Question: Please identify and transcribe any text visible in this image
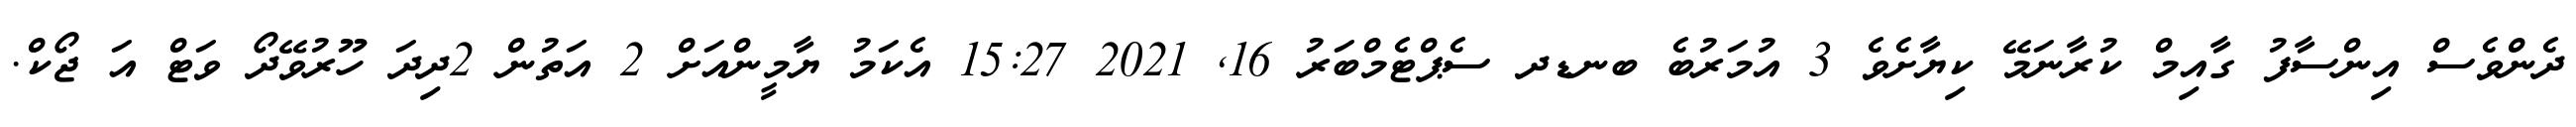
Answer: ދެންވެސް އިންސާފު ގާއިމް ކުރާނަމޭ ކިޔާށެވެ 3 އުމަރުބެ ބނޑދ ސެޕްޓެމްބަރު 16, 2021 15:27 އެކަމު ޔާމީންއަށް 2 އަތުން 2ދިދަ ހޫރުވޭދޯ ވަޓް އަ ޖޯކް.